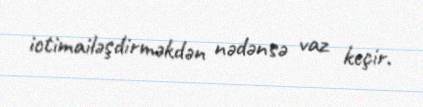
ictimailəşdirməkdən nədənsə vaz keçir.